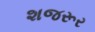
શજરૂર